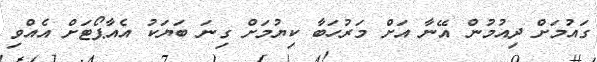
ގައުމަށް ދިއުމުން އޭނާ އަށް މަރުހަބާ ކިޔުމަށް ގިނަ ބަޔަކު އެއާޕޯޓަށް އެއްވި